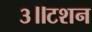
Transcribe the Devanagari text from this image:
३॥टशन